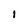
Character: 1